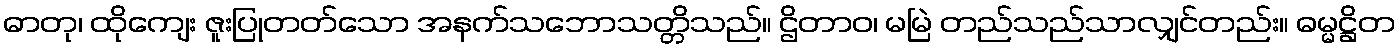
ဓာတု၊ ထိုကျေး ဇူးပြုတတ်သော အနက်သဘောသတ္တိသည်။ ဌိတာဝ၊ မမြဲ တည်သည်သာလျှင်တည်း။ ဓမ္မဋ္ဌိတ